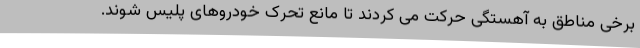
برخی مناطق به آهستگی حرکت می کردند تا مانع تحرک خودروهای پلیس شوند.